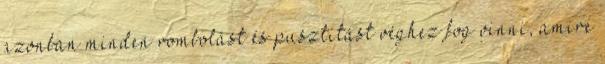
azonban minden rombolást és pusztítást véghez fog vinni, amire